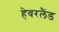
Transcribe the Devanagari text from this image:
हेवरलैंड